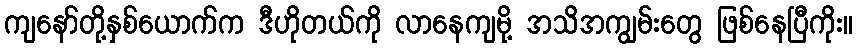
ကျနော်တို့နှစ်ယောက်က ဒီဟိုတယ်ကို လာနေကျမို့ အသိအကျွမ်းတွေ ဖြစ်နေပြီကိုး။